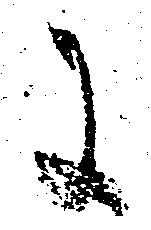
に